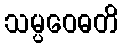
သမ္ပဝေဓတိ